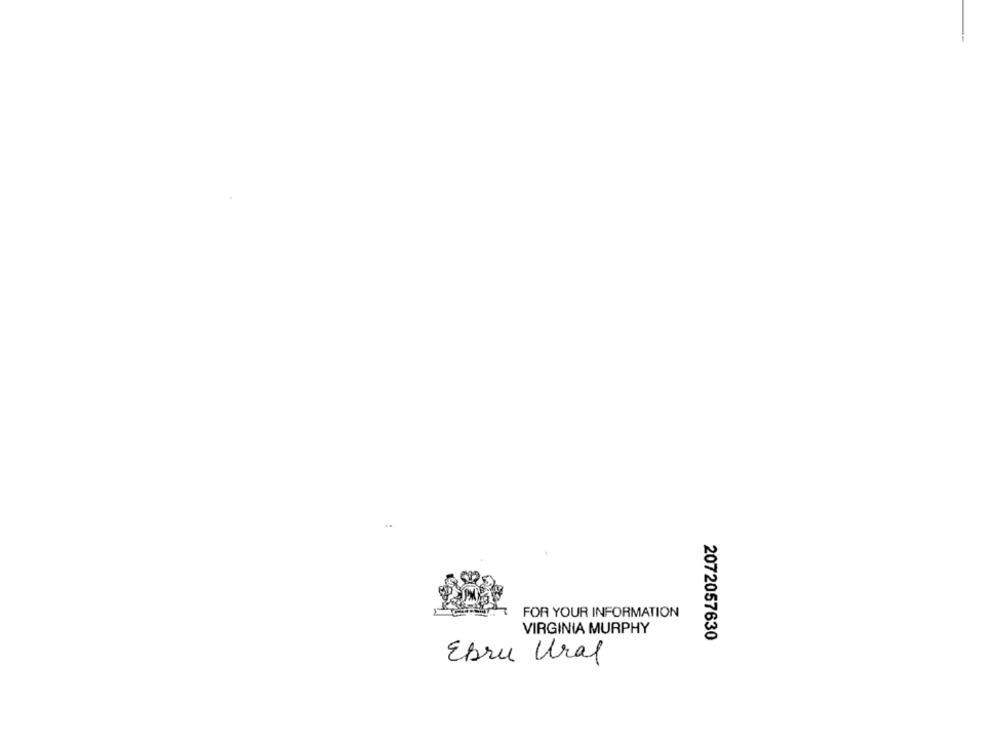
FOR YOUR INFORMATION
VIRGINIA MURPHY
2072057630
Ebru Ural